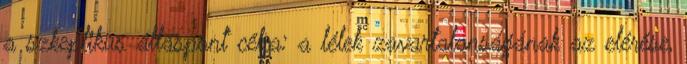
a szkeptikus álláspont célja: a lélek zavartalanságának az elérése,